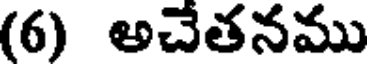
(6) అచేతనము